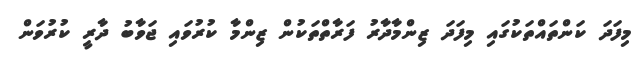
މިފަދަ ކަންތައްތަކުގައި މިފަދަ ޒިންމާދާރު ފަރާތްތަކުން ޒިންމާ ކުރުވައި ޖަވާބު ދާރީ ކުރުވަން